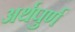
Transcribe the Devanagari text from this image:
अर्थपुर्ण